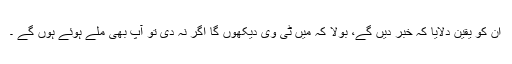
ان کو یقین دلایا کہ خبر دیں گے، بولا کہ میں ٹی وی دیکھوں گا اگر نہ دی تو آپ بھی ملے ہوئے ہوں گے ۔